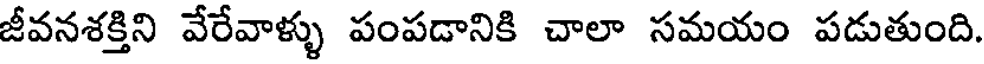
జీవనశక్తిని వేరేవాళ్ళు పంపడానికి చాలా సమయం పడుతుంది.